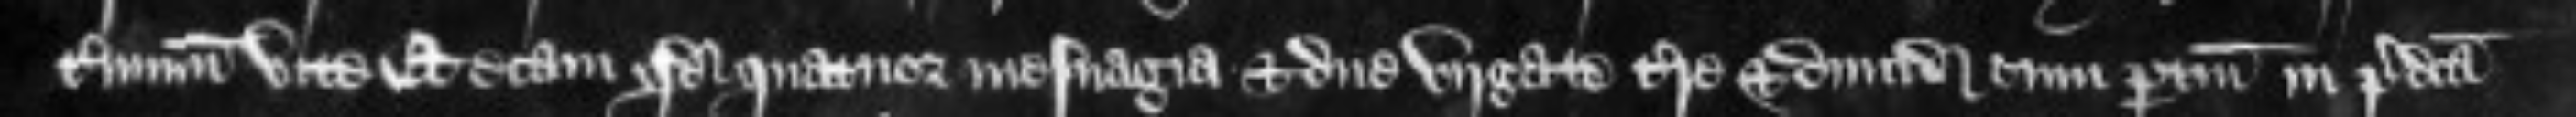
terminum vite et etiam quod quatuor mesuagia et duo virgate terre et dimidia cum pertinenciis in predicta